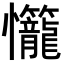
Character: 𭟬